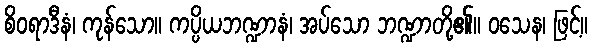
စိဝရာဒီနံ၊ ကုန်သော။ ကပ္ပိယဘဏ္ဍာနံ၊ အပ်သော ဘဏ္ဍာတို့၏။ ဝသေန၊ ဖြင့်။